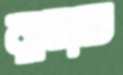
রাহাত